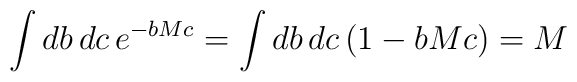
\int db\,dc\, e^{-bMc} = \int db\,dc\,(1 - bMc) = M